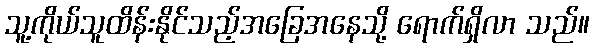
သူ့ကိုယ်သူထိန်းနိုင်သည့်အခြေအနေသို့ ရောက်ရှိလာ သည်။